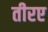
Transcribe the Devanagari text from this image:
तीरए